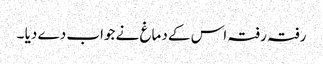
رفتہ رفتہ اس کے دماغ نے جواب دے دیا ۔